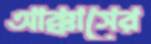
আক্কাসের